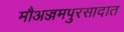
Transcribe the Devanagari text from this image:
मौअज्जमपुरसादात